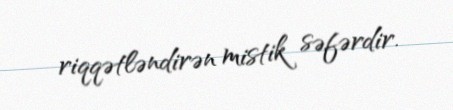
riqqətləndirən mistik səfərdir.